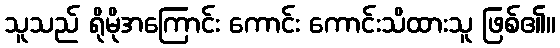
သူသည် ရိုမိုအကြောင်း ကောင်း ကောင်းသိထားသူ ဖြစ်၏။